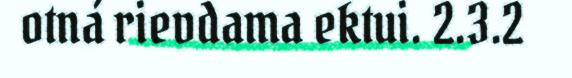
otná rievdama ektui. 2.3.2